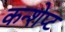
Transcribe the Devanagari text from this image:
कन्शेप्ट